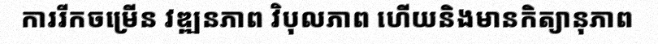
ការរីកចម្រើន វឌ្ឍនភាព វិបុលភាព ហើយនិងមានកិត្យានុភាព